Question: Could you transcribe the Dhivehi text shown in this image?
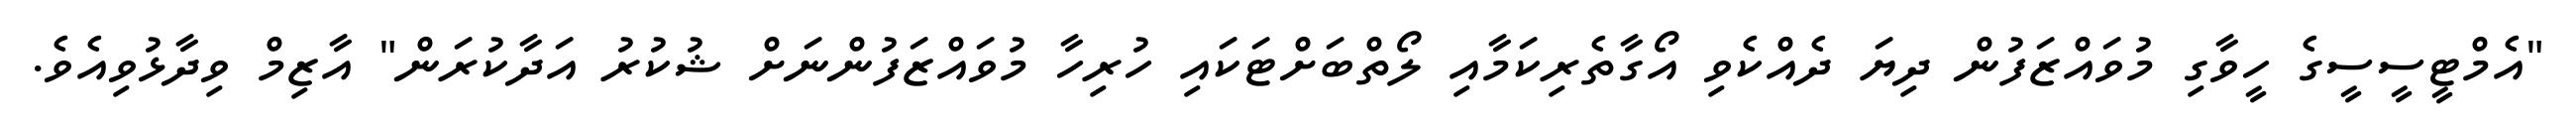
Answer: "އެމްޓީސީސީގެ ހީވާގި މުވައްޒަފުން ދިޔަ ދެއްކެވި އޯގާތެރިކަމާއި ލޯތްބަށްޓަކައި ހުރިހާ މުވައްޒަފުންނަށް ޝުކުރު އަދާކުރަން" އާޒިމް ވިދާޅުވިއެވެ.